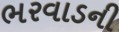
ભરવાડની